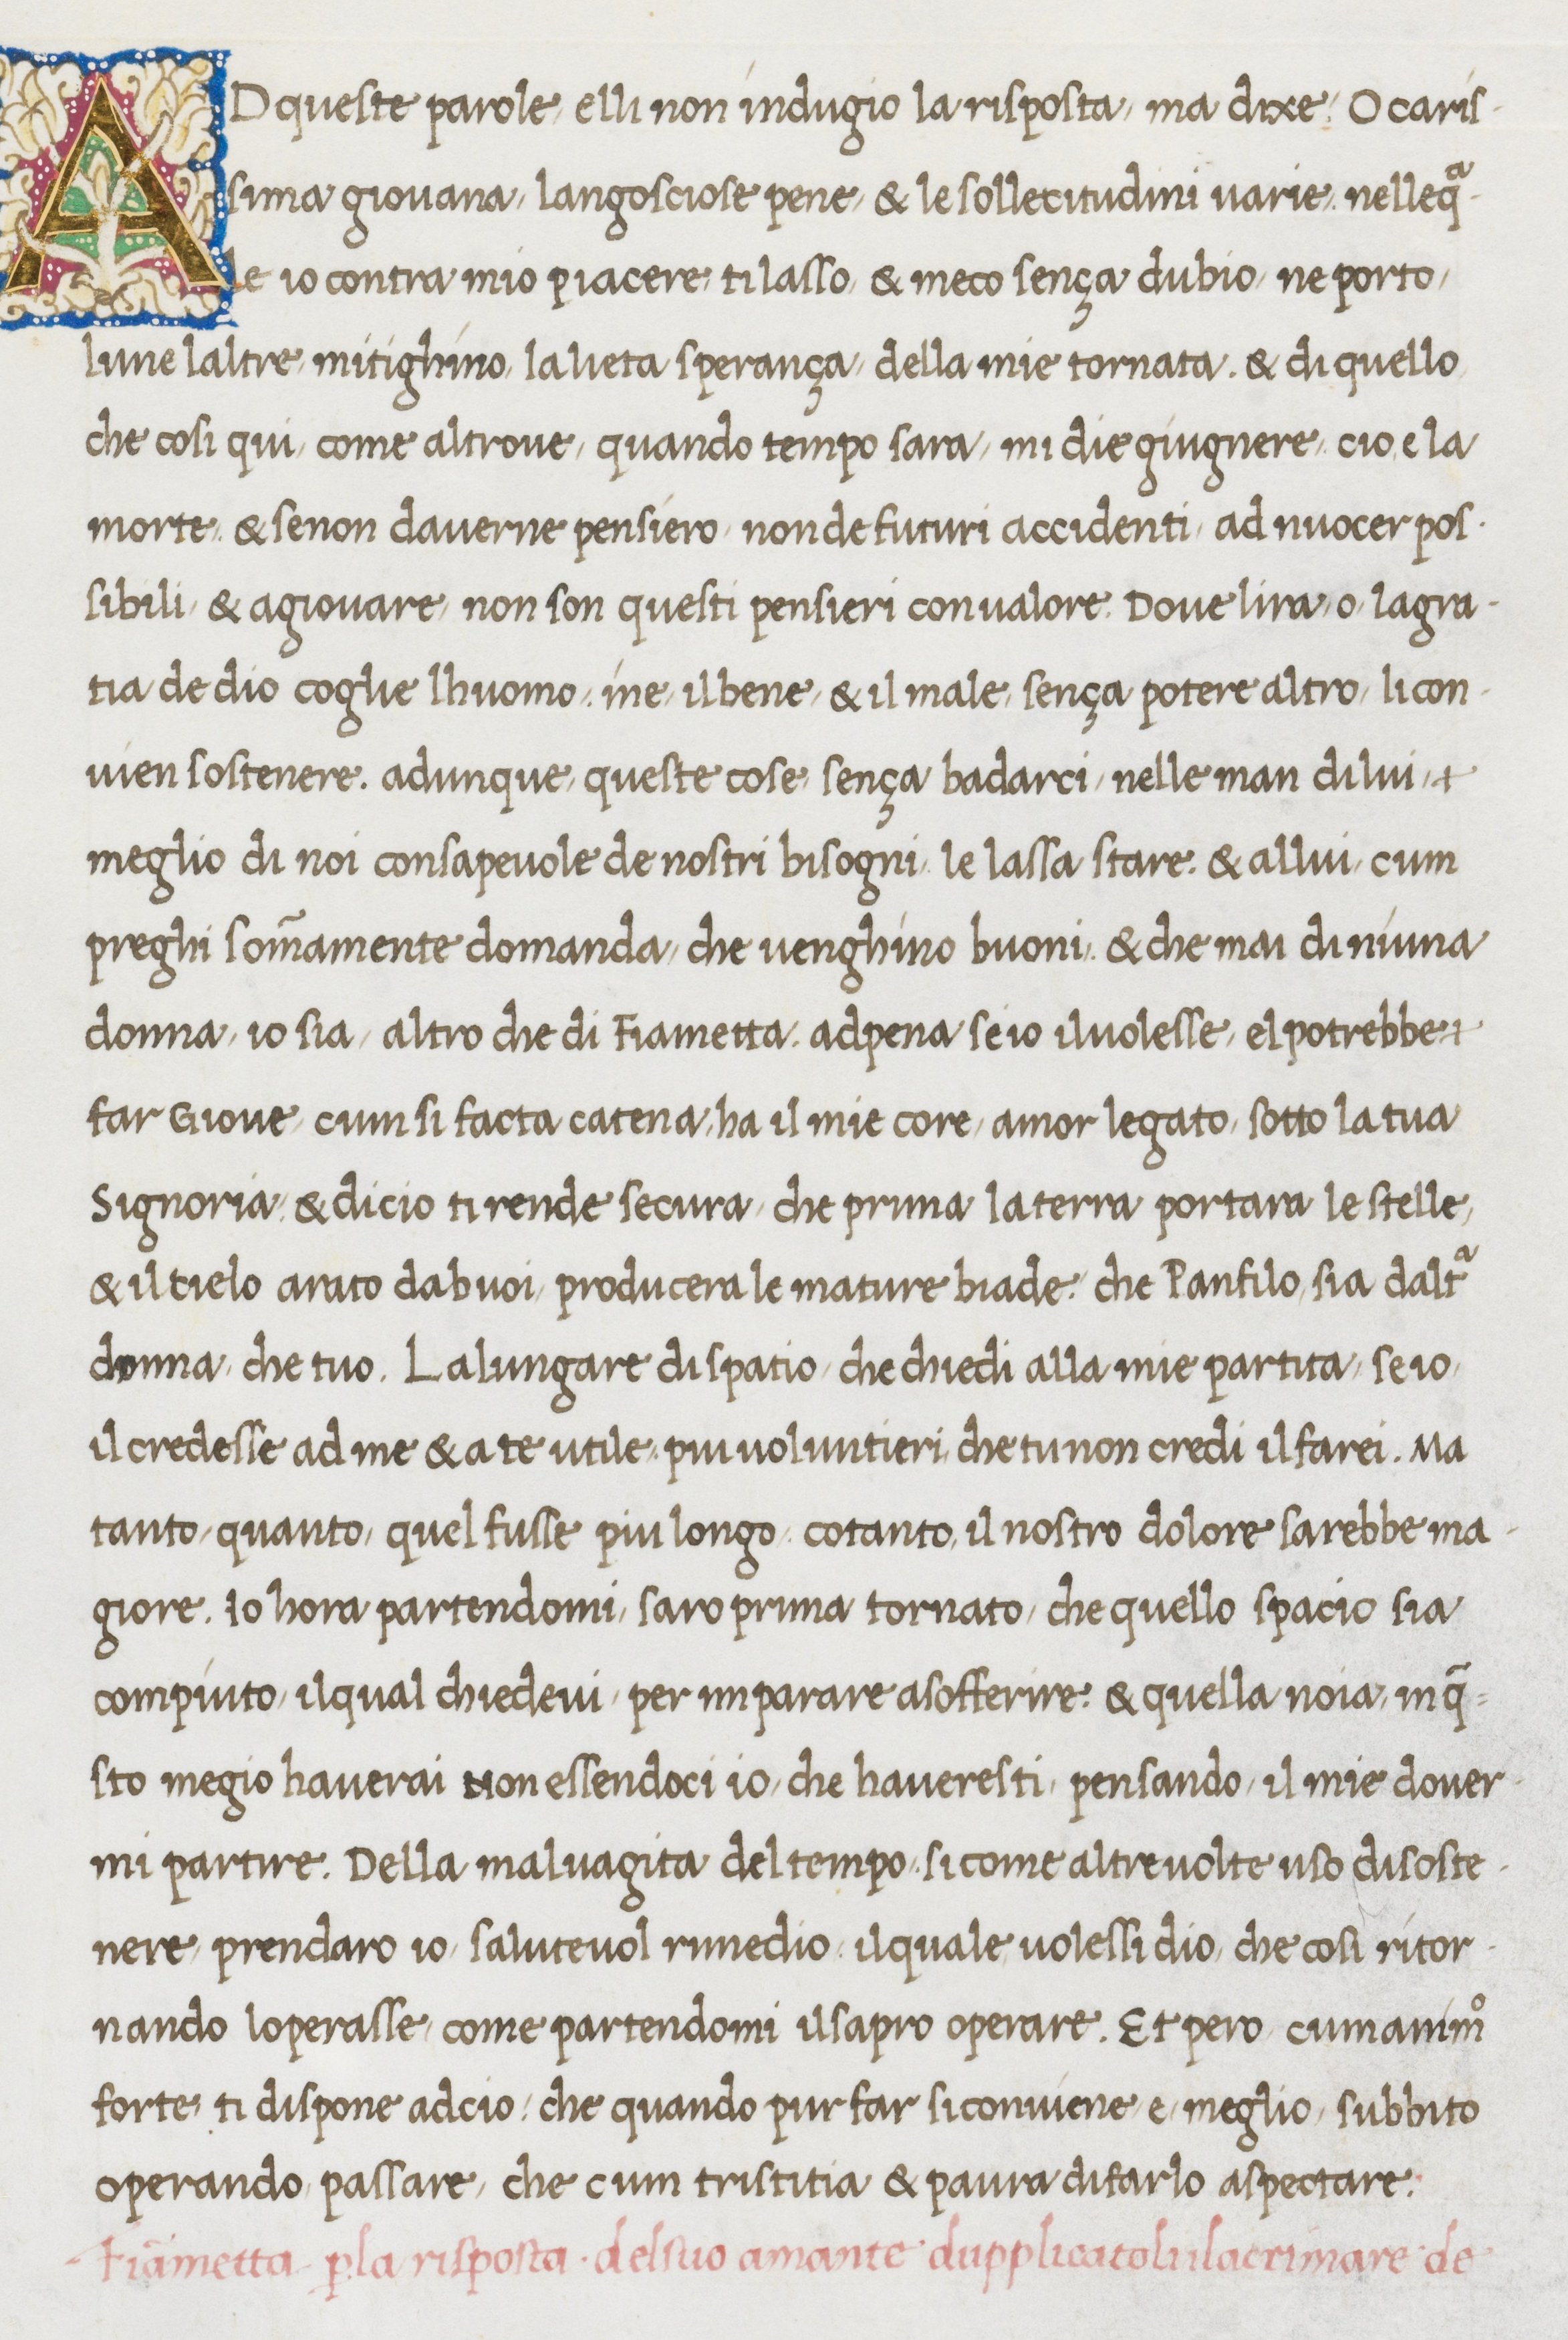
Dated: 1467–1467